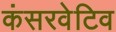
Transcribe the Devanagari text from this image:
कंसरवेटिव